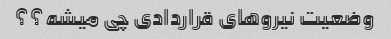
وضعیت نیروهای قراردادی چی میشه؟؟